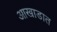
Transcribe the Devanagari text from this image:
आखाडात